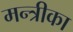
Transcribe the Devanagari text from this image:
मन्त्रीका